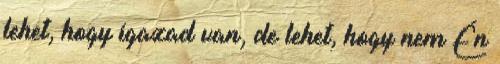
lehet, hogy igazad van, de lehet, hogy nem Én